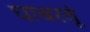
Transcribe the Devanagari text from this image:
घाबरवूं